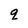
Character: q